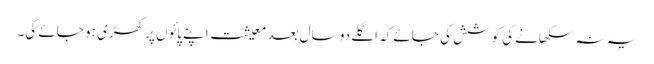
یہ نہ سکھانے کی کوشش کی جائے کہ اگلے دو سال بعد معیشت اپنے پائوں پر کھڑی ہو جائے گی۔